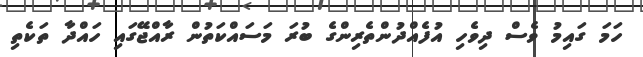
ހަމަ ގައިމު ވެސް ދިވެހި އުފެއްދުންތެރިންގެ ބުރަ މަސައްކަތުން ރާއްޖޭގައި ހައްދާ ތަކެތި